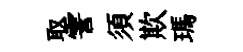
取霅須欺瑪